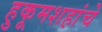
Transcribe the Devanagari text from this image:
हुकूमशहांचे